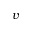
v